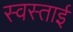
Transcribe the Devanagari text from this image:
स्वस्ताई